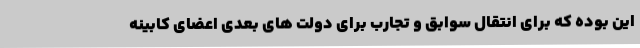
این بوده که برای انتقال سوابق و تجارب برای دولت های بعدی اعضای کابینه